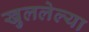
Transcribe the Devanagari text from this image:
खुललेल्या